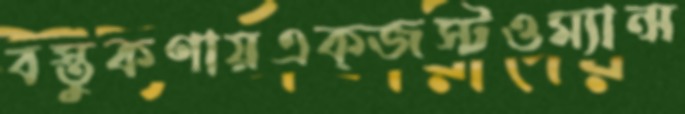
বস্তুকণায়এক্জস্টওম্যান্স